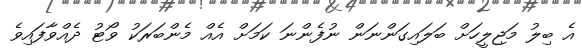
އެ ބިލު މަޖިލީހަށް ބަލައިގަންނަން ނުފެންނަ ކަމަށް އެއް މެންބަރަކު ވޯޓު ދެއްވާފައިވެ